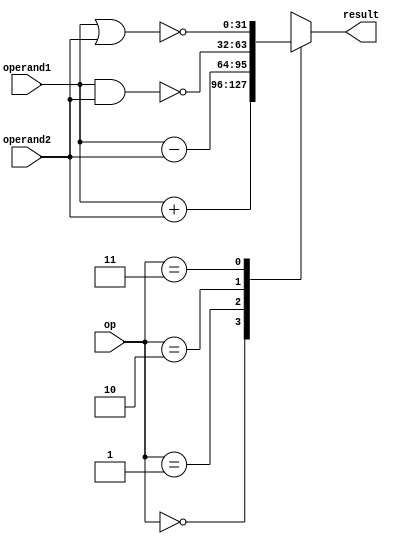
module ALU(
    input [31:0] operand1,
    input [31:0] operand2,
    input [1:0] op,
    output reg [31:0] result
);

    always @(*)
    begin
        case (op)
            2'b00:   // Addition
                result = operand1 + operand2;
            2'b01:   // sub
                result = operand1 - operand2;
            2'b10:   // NAND
                result = ~(operand1 & operand2);
            2'b11:   // NOR
                result = ~(operand1 | operand2);
        endcase
    end

endmodule